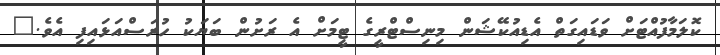
ކޮލަމާފުއްޓަށް ވަޑައިގަތް އެޑިއުކޭޝަން މިނިސްޓްރީގެ ޓީމަށް އެ ރަށުން ބަޔަކު ހުރަސްއަޅައިފި އެވެ."